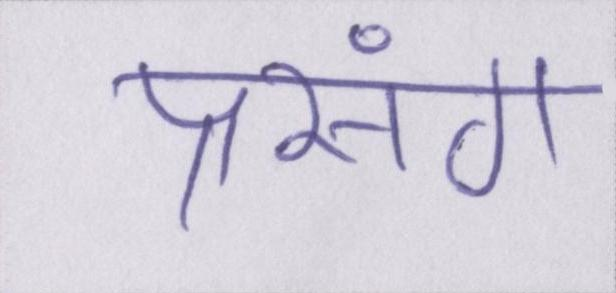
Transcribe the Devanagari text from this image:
प्रसंग